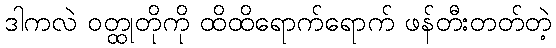
ဒါကလဲ ဝတ္ထုတိုကို ထိထိရောက်ရောက် ဖန်တီးတတ်တဲ့